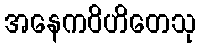
အနေကဝိဟိတေသု